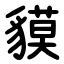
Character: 貘